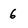
Character: 6